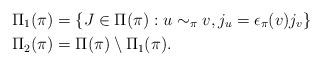
LaTeX: \begin{align*}&\Pi_1(\pi)=\{ J \in \Pi(\pi): u\sim_{\pi}v, j_u=\epsilon_{\pi}(v)j_v\} \\&\Pi_2(\pi)= \Pi(\pi) \setminus \Pi_1(\pi).\end{align*}